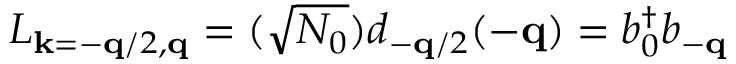
L _ { { \bf { k } } = - { \bf { q } } / 2 , { \bf { q } } } = ( \sqrt { N _ { 0 } } ) d _ { - { \bf { q } } / 2 } ( - { \bf { q } } ) = b _ { 0 } ^ { \dagger } b _ { - { \bf { q } } }